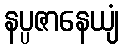
နပ္ပဇာနေယျံ